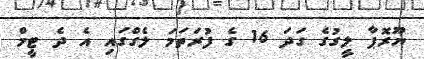
ޔޫރޮޕާ ލީގުގެ ގަދަ 16 ގެ ފުރަތަމަ ލެގްގައި އެ ދެ ޓީމް